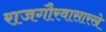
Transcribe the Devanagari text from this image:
राजगौरवासारखे